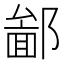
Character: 𨝣